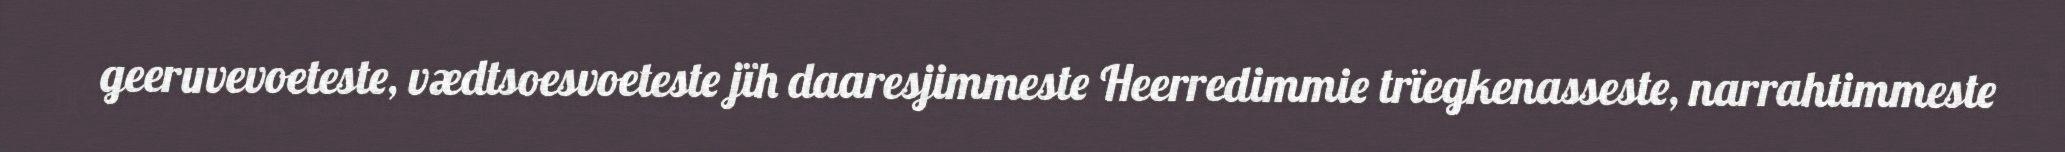
geeruvevoeteste, vædtsoesvoeteste jïh daaresjimmeste Heerredimmie trïegkenasseste, narrahtimmeste